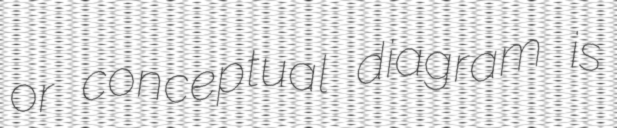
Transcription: or conceptual diagram is